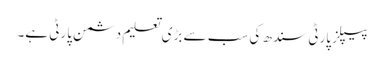
پیپلز پارٹی سندھ کی سب سے بڑی تعلیم دشمن پارٹی ہے۔